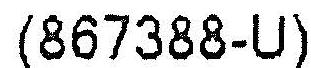
(867388-U)